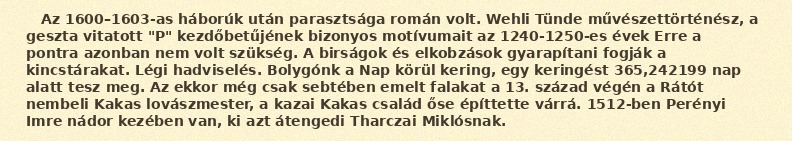
Az 1600–1603-as háborúk után parasztsága román volt. Wehli Tünde művészettörténész, a geszta vitatott "P" kezdőbetűjének bizonyos motívumait az 1240-1250-es évek Erre a pontra azonban nem volt szükség. A birságok és elkobzások gyarapítani fogják a kincstárakat. Légi hadviselés. Bolygónk a Nap körül kering, egy keringést 365,242199 nap alatt tesz meg. Az ekkor még csak sebtében emelt falakat a 13. század végén a Rátót nembeli Kakas lovászmester, a kazai Kakas család őse építtette várrá. 1512-ben Perényi Imre nádor kezében van, ki azt átengedi Tharczai Miklósnak.